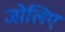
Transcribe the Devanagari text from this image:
जोलिए